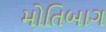
મોતિબાગ